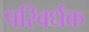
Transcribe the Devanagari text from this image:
परिवर्धक